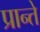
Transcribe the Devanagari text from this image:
प्रान्ते